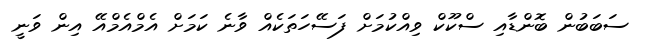
ސަބަބުން ބޮންޑާއި ސްކޫކް ވިއްކުމަށް ފަސޭހަތަކެއް ވާނެ ކަމަށް އެމްއެމްއޭ އިން ވަނީ